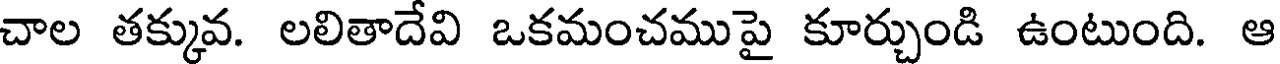
చాల తక్కువ. లలితాదేవి ఒకమంచముపై కూర్చుండి ఉంటుంది. ఆ